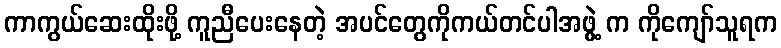
ကာကွယ်ဆေးထိုးဖို့ ကူညီပေးနေတဲ့ အပင်တွေကိုကယ်တင်ပါအဖွဲ့ က ကိုကျော်သူရက